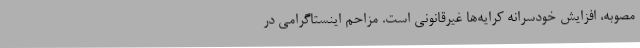
مصوبه، افزایش خودسرانه کرایه‌ها غیرقانونی است. مزاحم اینستاگرامی در